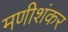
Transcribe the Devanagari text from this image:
मणीशंकर